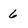
Character: 6